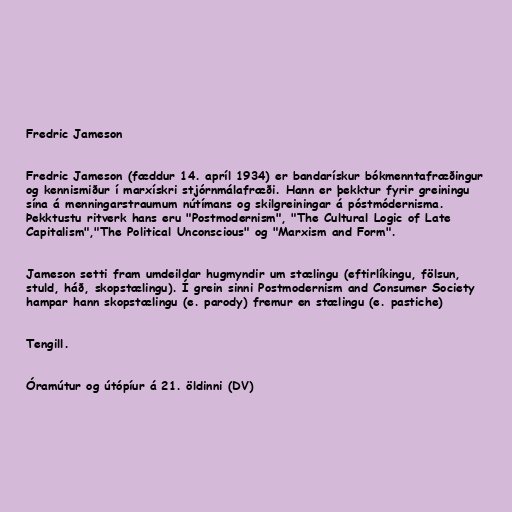
Fredric Jameson

Fredric Jameson (fæddur 14. apríl 1934) er bandarískur bókmenntafræðingur
og kennismiður í marxískri stjórnmálafræði. Hann er þekktur fyrir greiningu
sína á menningarstraumum nútímans og skilgreiningar á póstmódernisma.
Þekktustu ritverk hans eru "Postmodernism", "The Cultural Logic of Late
Capitalism","The Political Unconscious" og "Marxism and Form".

Jameson setti fram umdeildar hugmyndir um stælingu (eftirlíkingu, fölsun,
stuld, háð, skopstælingu). Í grein sinni Postmodernism and Consumer Society
hampar hann skopstælingu (e. parody) fremur en stælingu (e. pastiche)

Tengill.

Óramútur og útópíur á 21. öldinni (DV)